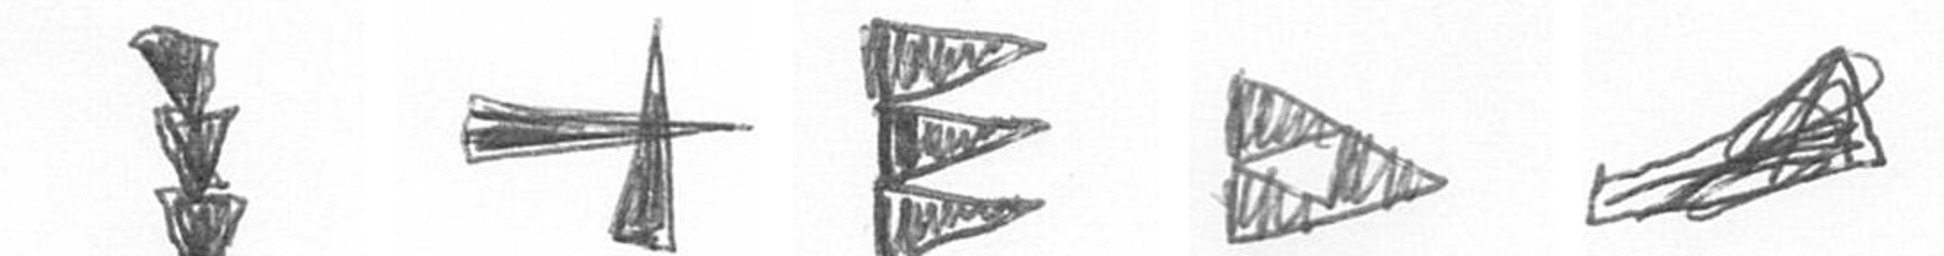
E G H K O